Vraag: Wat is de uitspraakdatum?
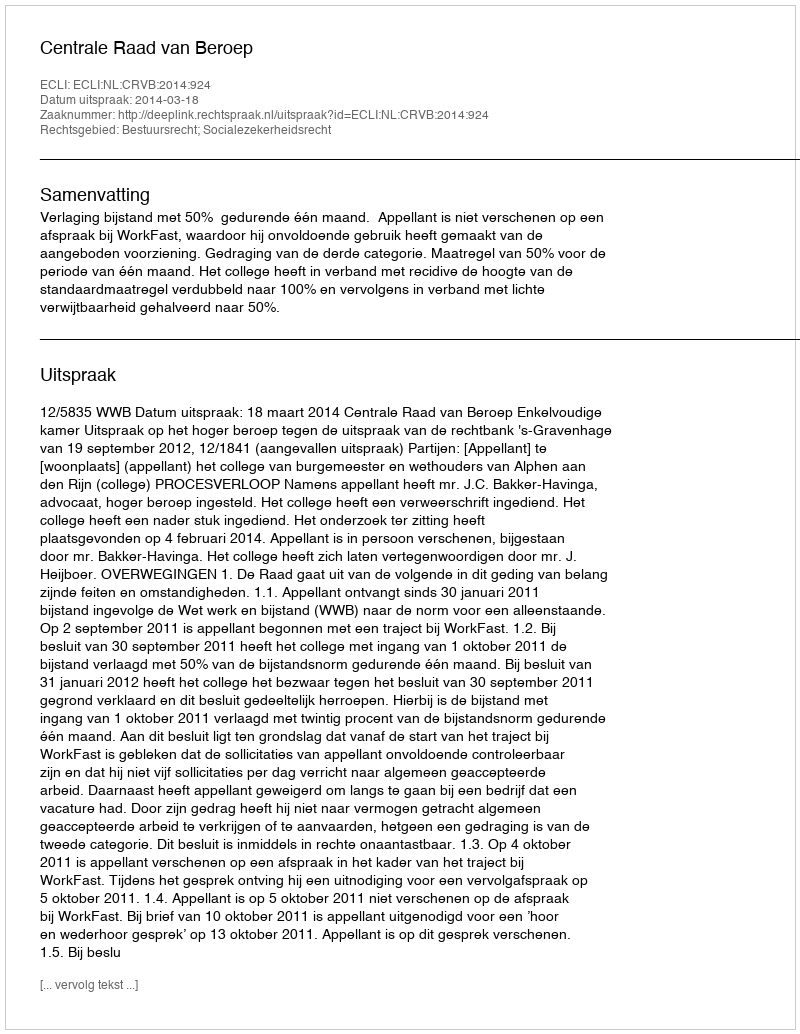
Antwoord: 2014-03-18